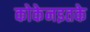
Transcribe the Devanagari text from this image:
कोकेनइतके